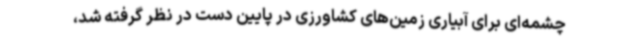
چشمه‌ای برای آبیاری زمین‌های کشاورزی در پایین دست در نظر گرفته شد،